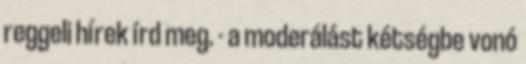
reggeli hírek írd meg. - a moderálást kétségbe vonó